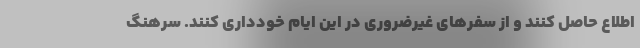
اطلاع حاصل کنند و از سفرهای غیرضروری در این ایام خودداری کنند. سرهنگ